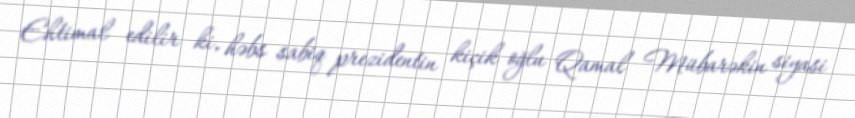
Ehtimal edilir ki, həbs sabiq prezidentin kiçik oğlu Qamal Mübarəkin siyasi